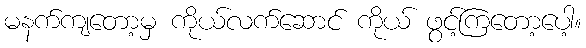
မနက်ကျတော့မှ ကိုယ်လက်ဆောင် ကိုယ် ဖွင့်ကြတော့ပေါ့။